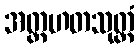
အတ္တဟတသုတ္တံ